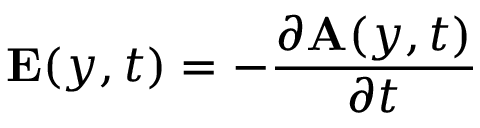
\mathbf { E } ( y , t ) = - \frac { \partial \mathbf { A } ( y , t ) } { \partial t }